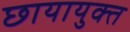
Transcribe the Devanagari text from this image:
छायायुक्‍त